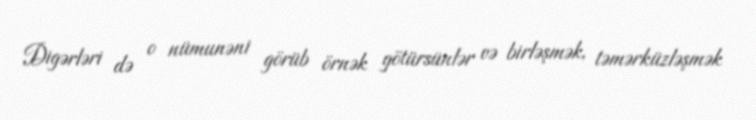
Digərləri də o nümunəni görüb örnək götürsünlər və birləşmək, təmərküzləşmək